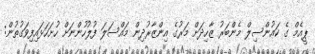
ޕީއެމް ގެ ކައުންސިލް މެންބަރު ޒާހިދަށް މަރުގެ އިންޒާރުދިން މައްސަލަ ފުލުހުންނަށް ހުށަހަޅައިފިވަގުތުން: